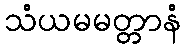
သံယမမတ္တာနံ